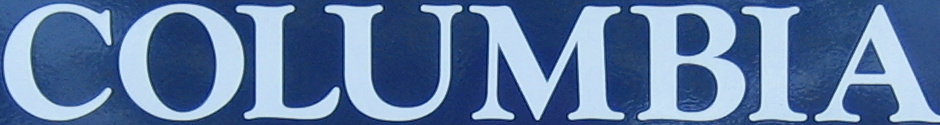
COLUMBIA